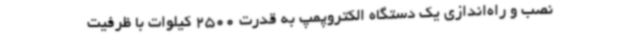
نصب و راه‌اندازی یک دستگاه الکتروپمپ به قدرت 2500 کیلوات با ظرفیت